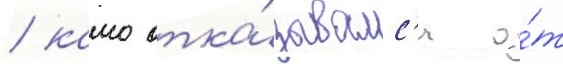
/ камо отка́зывалс'я о́т